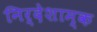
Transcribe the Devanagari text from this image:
निर्देशाम्क